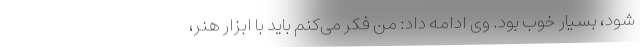
شود، بسیار خوب بود. وی ادامه داد: من فکر می‌کنم باید با ابزار هنر،